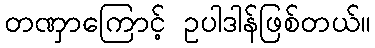
တဏှာကြောင့် ဥပါဒါန်ဖြစ်တယ်။